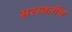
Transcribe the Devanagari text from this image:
सरस्वतीच